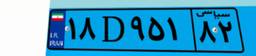
۱۸D۹۵۱۸۲